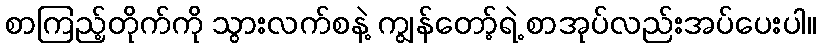
စာကြည့်တိုက်ကို သွားလက်စနဲ့ ကျွန်တော့်ရဲ့ စာအုပ်လည်းအပ်ပေးပါ။